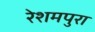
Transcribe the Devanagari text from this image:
रेशमपुरा